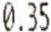
0.35